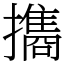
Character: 㩦